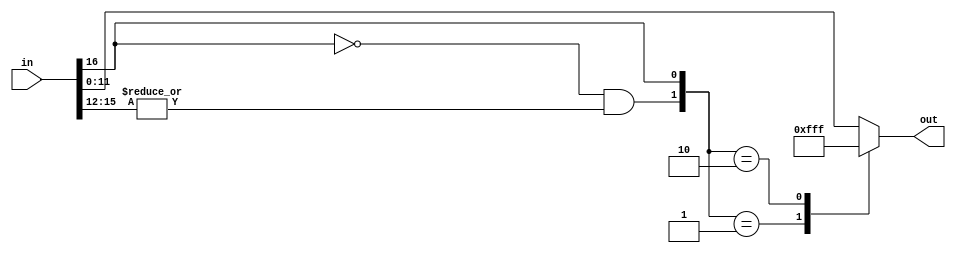
// This program was cloned from: https://github.com/emeb/up5k_basic
// License: MIT License

// satu.v: saturate isz to osz for signed to unsigned data
// 2005-06-15 E. Brombaugh
// 2005-09-07 E. Brombaugh - backported FPGA architecture changes

module satsu(in, out);
	parameter isz = 17;				// input data width
	parameter osz = 12;				// output data width
	parameter warn = 1;				// enable runtime warnings
	
	input signed [isz-1:0] in;		// input data to be saturated
	output [osz-1:0] out;	// output data after saturation
	
	// Check low & high saturation conditions
	wire min =  in[isz-1];
	wire max = ~in[isz-1] &  |in[isz-2:osz];
	
	reg [osz-1:0] out;
	
	// select output
	always @(min or max or in)
		case({max,min})
			2'b01:		out = {osz{1'b0}};		// zero
			2'b10:		out = {osz{1'b1}};		// max pos
			default:	out = in[osz-1:0];		// pass thru
		endcase
	
	// runtime warnings
	// synthesis translate_off
		always @(min or max)
		if(warn & (min | max))
			$display("%m: saturation @ time %d (%d <> %d)", $time, in, (1<<(osz-1)));
	// synthesis translate_on
endmodule